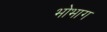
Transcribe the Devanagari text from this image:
भोभाग